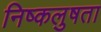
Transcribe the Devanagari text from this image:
निष्कलुषता